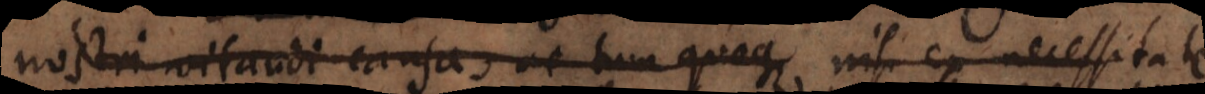
nostri vitandi causa, ac tum quoque ex necessitate